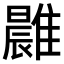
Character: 𩀭